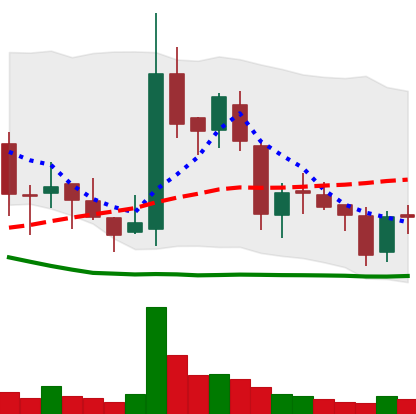
Ticker: BNB-USD
Chart end date: 2018-05-30
Forward return: 13.445%
Label: up_7plus